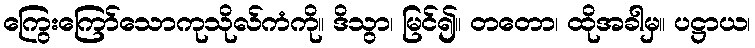
ကြွေးကြော်သောကုသိုလ်ကံကို။ ဒိသွာ၊ မြင်၍။ တတော၊ ထိုအခါမှ။ ပဋ္ဌာယ၊